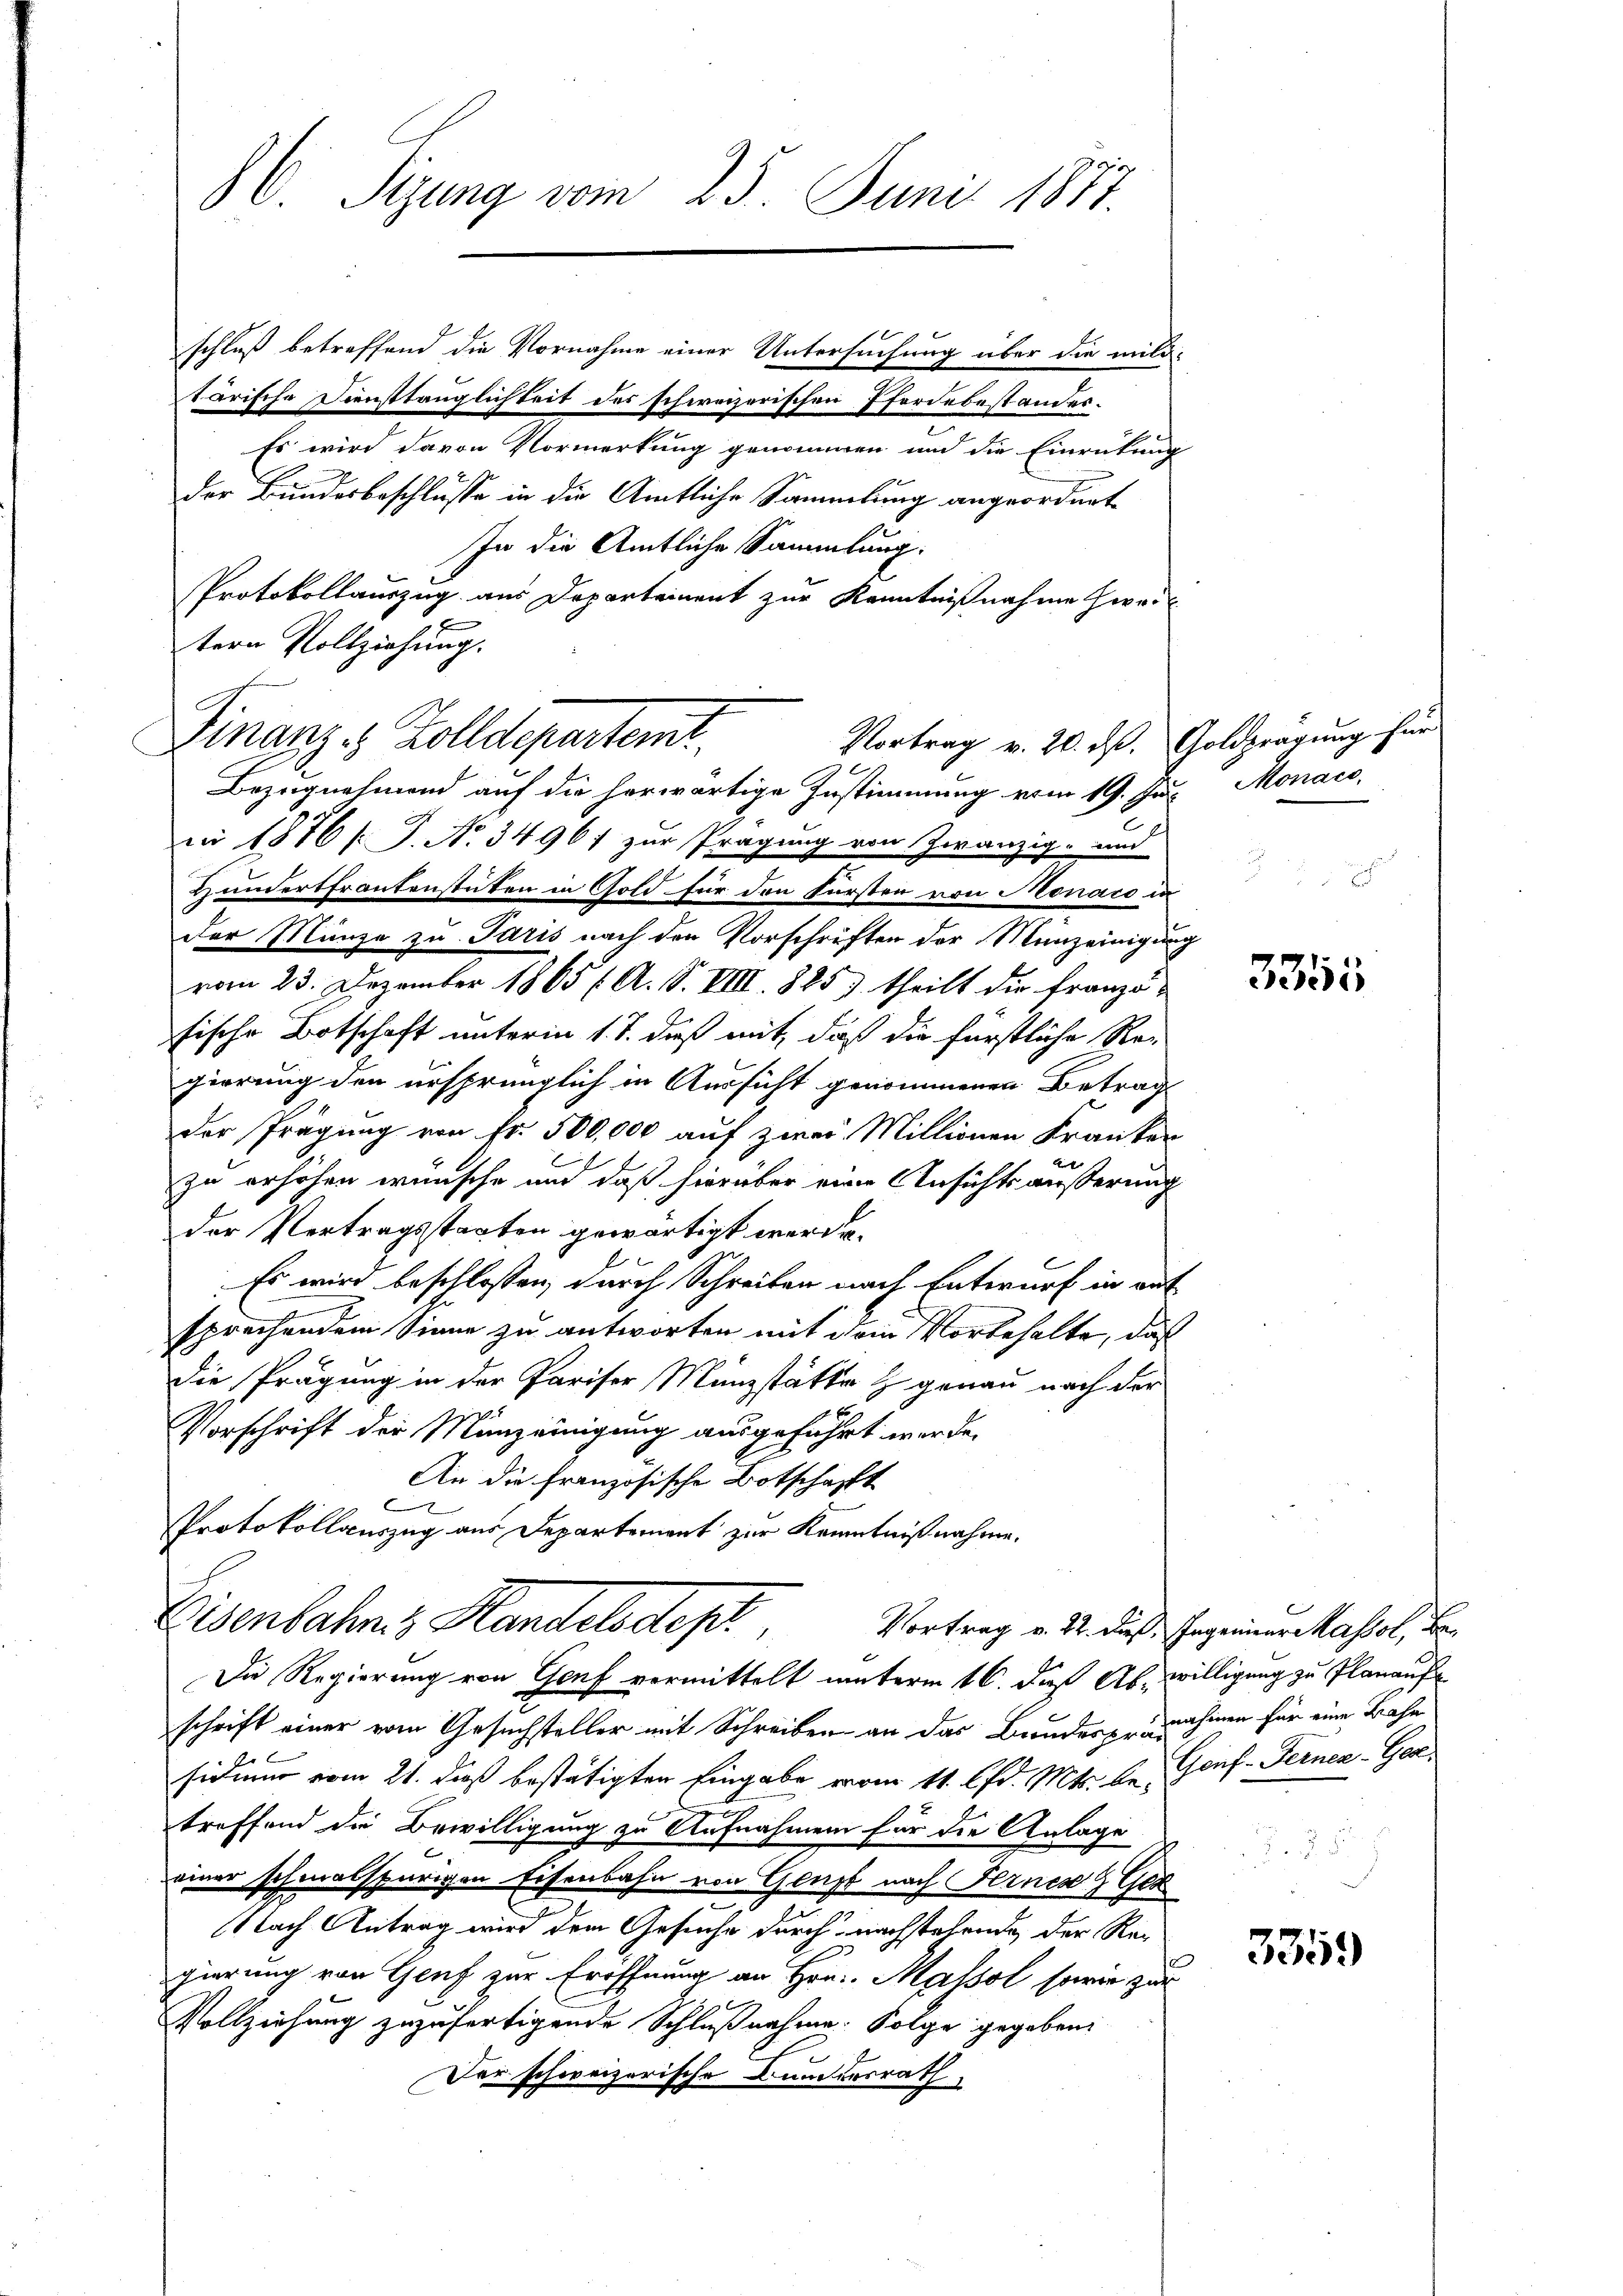
C. Sizung vom 25. Juni 1877.

schluß betreffend die Vornahme einer Untersuchung über die militärische Diensttauglichkeit des schweizerischen Pferdebestandes¬
Es wird davon Vormerkung genommen und die Einrückung
der Bundesbeschlüsse in die Amtliche Sammlung angeordnet
In die Amtliche Sammlung:
Protokollauszug aus Departement zur Kenntnißnahme zwei
tern Vollziehung.
in 1876 / J. No. 34961 zur Prägung von Zwanzig- und
Hundertfrantenstuten in Gold für den Fürsten von Monaro in
der Münze zu Paris nach den Vorschriften der Menzeinigung
vom 23. Dezember 1865 f. A. S. VIII. 825) theilt die franzöische Botschaft unterm 1. S. daß mit, daß die fürstliche Re-
gierung den ursprünglich in Aussicht genommenen Betrag
der Fragung von Fr. 500,000 auf zwei Millionen Franken
zu erhohen wünsche und daß hierüber eine Ansichts äußerung
der Vertragsstaaten gewärtigt werde.
 Es wird beschlossen, durch Schreiben nach Entwurf in auf
sprechendem Sinne zu antworten mit dem Vorbehalte, daß
die Prägung in der Pariser Manzstätte & genau nach der
Vorschrift der Münzeinigung ausgeführt werde.
An die französische Botschafft
C
Protokollauszug aus Departement zur Kenntnißnahme.
Eenbahn z Handelsdep

Finanze Zolldepartemt
Bezugnehmend auf die herwärtige Zustimmung vom 19. Jus Monaco,

Vortrag v. 20. ds. Goldpragung für

Vortrag v. 22. dieß, Ingenieur Massel, Be¬
Die Regierung von Genf vermittelt unterm 16. daß Ab. willigung zu Planaus

schrift einer vom Gesuchsteller mit Schreiben an das Bundesprochinen für eine Bahn
sidium vom 21. dieß bestätigten Eingabe vom 11. lfd. Mts. b. Genf. Ferner-Ger
treffend die Bewilligung zu Aufnahmen für die Anlage
einer schmalspurigen Eisenbahn von Genst nach Fernen Ger
Nach Antrag wird dem Gesuche durch nachstehende der Regierung von Genf zur Eröffnung an Hrn. Massol sowie zur
Vollziehung zuzufertigende Schlußnahme. Folge gegeben:
Der schweizerische Bundesrath

o

3355

e

2

3359